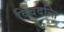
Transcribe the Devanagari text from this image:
विवदन्ति